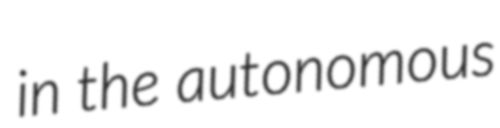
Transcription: in the autonomous